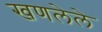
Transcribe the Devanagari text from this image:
खणलेले